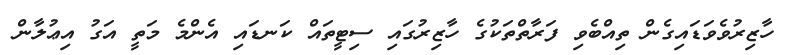
ހާޒިރުވެވަޑައިގެން ތިއްބެވި ފަރާތްތަކުގެ ހާޒިރުގައި ސިޓީތައް ކަނޑައި އެންމެ މަތީ އަގު އިޢުލާން